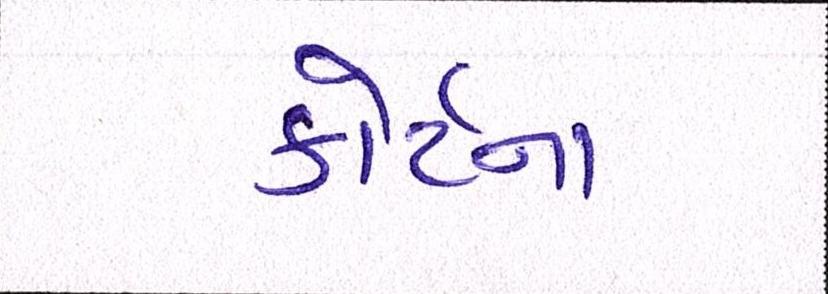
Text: કોર્ટના